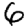
Digit: 6